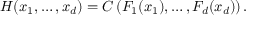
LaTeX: H ( x _ { 1 } , \dots , x _ { d } ) = C \left( F _ { 1 } ( x _ { 1 } ) , \dots , F _ { d } ( x _ { d } ) \right) .